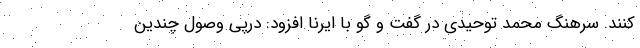
کنند. سرهنگ محمد توحیدی در گفت و گو با ایرنا افزود: درپی وصول چندین